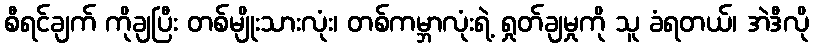
စီရင်ချက် ကိုချပြီး တစ်မျိုးသားလုံး၊ တစ်ကမ္ဘာလုံးရဲ့ ရှုတ်ချမှုကို သူ ခံရတယ်၊ အဲဒီလို